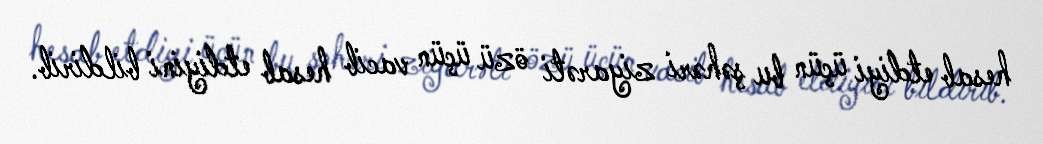
hesab etdiyi üçün bu şəhəri ziyarəti özü üçün vacib hesab etdiyini bildirib.